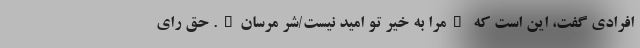
افرادی گفت، این است که "مرا به خیر تو امید نیست/شر مرسان". حق رای